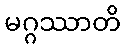
မဂ္ဂဿာတိ